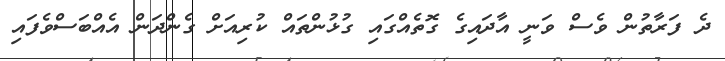
ދެ ފަރާތުން ވެސް ވަނީ އާދައިގެ ގޮތެއްގައި ގުޅުންތައް ކުރިއަށް ގެންދަން އެއްބަސްވެފައި